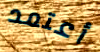
أعتمد